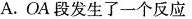
A. OA段发生了一个反应